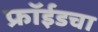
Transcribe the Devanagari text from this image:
फ्रॉईडचा